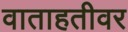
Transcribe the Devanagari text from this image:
वाताहतीवर